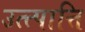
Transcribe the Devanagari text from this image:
उत्त्पात्ति